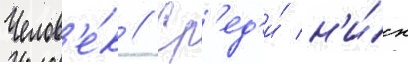
Челов'е́к // Ср'ед'и́ н'и́х